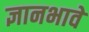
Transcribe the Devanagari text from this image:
ज्ञानभावे